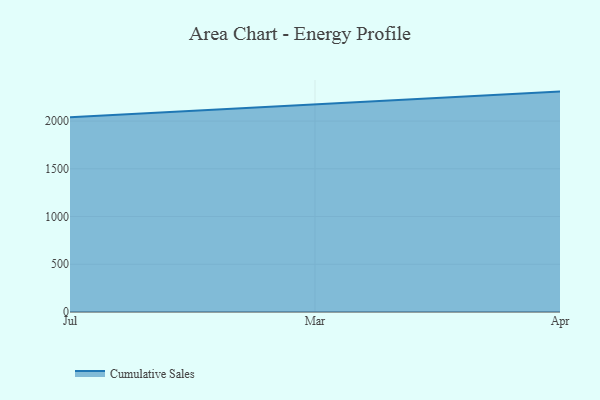
{"axis": {"x": "Month", "y": "Population (Million)"}, "legend": ["Cumulative Sales"], "data": [{"x": "Jul", "y": 2040.1, "type": "Cumulative Sales"}, {"x": "Mar", "y": 2174.0, "type": "Cumulative Sales"}, {"x": "Apr", "y": 2308.4, "type": "Cumulative Sales"}]}